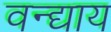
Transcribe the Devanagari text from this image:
वन्द्याय